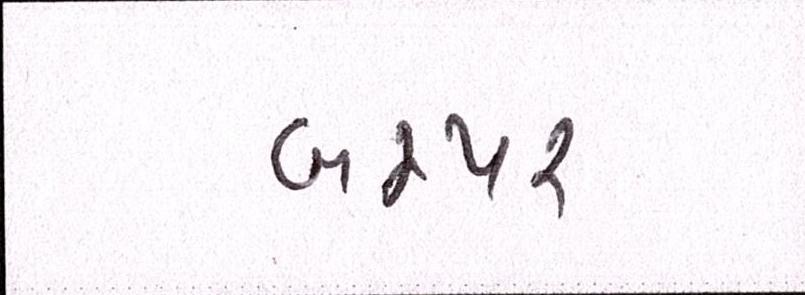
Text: બમ્પર